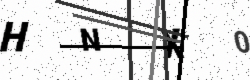
Text: HNX0